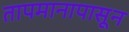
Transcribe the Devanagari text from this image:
तापमानापासून